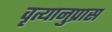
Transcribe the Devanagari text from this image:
वृत्यानुप्रास